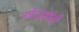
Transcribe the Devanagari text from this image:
गोदामांची